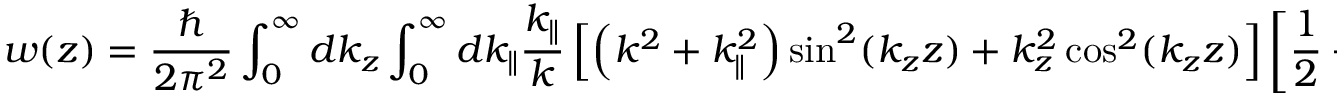
w ( z ) = { \frac { \hbar } { 2 \pi ^ { 2 } } } \int _ { 0 } ^ { \infty } d k _ { z } \int _ { 0 } ^ { \infty } d k _ { \| } { \frac { k _ { \| } } { k } } \left[ \left( k ^ { 2 } + k _ { \| } ^ { 2 } \right) \sin ^ { 2 } ( k _ { z } z ) + k _ { z } ^ { 2 } \cos ^ { 2 } ( k _ { z } z ) \right] \left[ { \frac { 1 } { 2 } } + { \overline { { n } } } ( k ) \right] .